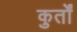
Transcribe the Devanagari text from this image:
कुर्तों